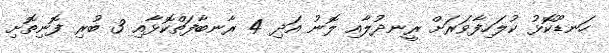
ހަނޑޫކޮޅު ކުލަހިފާވަރަށް ރީނދުލާއި ލޮނު އަދި 4 ރާނބާފަތްކޮޅާއި 3 ބުރި ފޮނިތޮށި